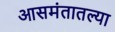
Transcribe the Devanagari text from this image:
आसमंतातल्या